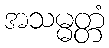
အသမ္မတ္တံ